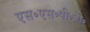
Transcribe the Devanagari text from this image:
एस॰एस॰पी॰जी॰